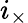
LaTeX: i_{\times}